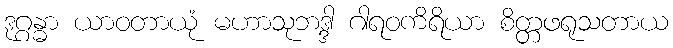
ဒုဂ္ဂန္ဓာ ယာဝတာယုံ မဟာသုဘဒ္ဒါ ဂါရဝကိရိယာ စိတ္တဖရုသတာယ